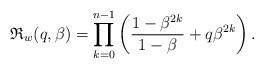
LaTeX: \begin{gather*}\mathfrak{R}_{w}(q,\beta)= \prod_{k=0}^{n-1} \left({1- \beta^{2k} \over 1-\beta} +q \beta^{2k} \right).\end{gather*}